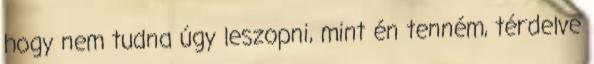
hogy nem tudna úgy leszopni, mint én tenném, térdelve